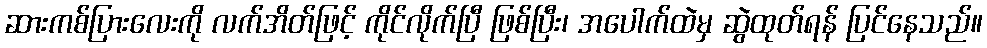
ဆားကစ်ပြားလေးကို လက်အိတ်ဖြင့် ကိုင်လိုက်ပြီ ဖြစ်ပြီး၊ အပေါက်ထဲမှ ဆွဲထုတ်ရန် ပြင်နေသည်။